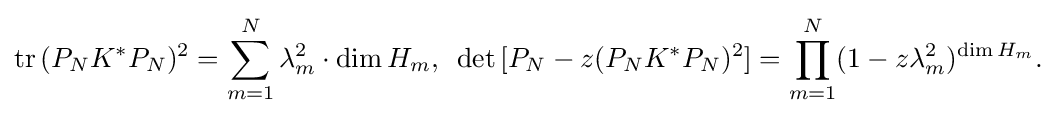
\displaystyle {\mathrm {tr} \,(P_{N}K^{*}P_{N})^{2}=\sum _{m=1}^{N}\lambda _{m}^{2}\cdot \mathrm {dim} \,H_{m},\,\,\,\mathrm {det} \,[P_{N}-z(P_{N}K^{*}P_{N})^{2}]=\prod _{m=1}^{N}(1-z\lambda _{m}^{2})^{\mathrm {dim} \,H_{m}}.}